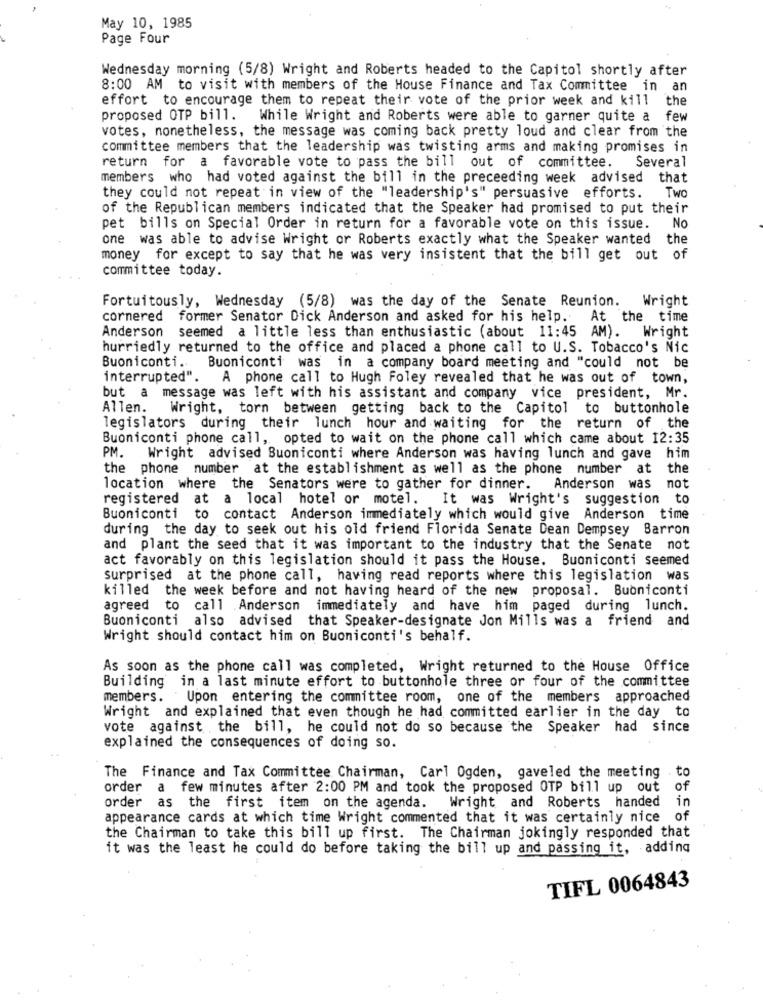
May 10, 1985
Page Four
Wednesday morning (5/8) Wright and Roberts headed to the Capitol shortly after
8:00 AM to visit with members of the House Finance and Tax Committee in an
effort to encourage them to repeat their vote of the prior week and kill the
proposed OTP bill.
While Wright and Roberts were able to garner quite a few
votes, nonetheless, the message was coming back pretty loud and clear from the
committee members that the leadership was twisting arms and making promises in
Several
return for a favorable vote to pass the bill out of committee.
members who had voted against the bill in the preceeding week advised that
efforts.
Two
they could not repeat in view of the "leadership's" persuasive
of the Republican members indicated that the Speaker had promised to put their
No
pet bills on Special Order in return for a favorable vote on this issue.
one was able to advise Wright or Roberts exactly what the Speaker wanted the
money for except to say that he was very insistent that the bill get out of
committee today.
Fortuitously, Wednesday (5/8) was the day of the Senate Reunion.
Wright
cornered former Senator Dick Anderson and asked for his help.
At the time
Anderson seemed a little less than enthusiastic (about 11:45 AM). Wright
hurriedly returned to the office and placed a phone call to U.S. Tobacco's Nic
Buoniconti ..
Buoniconti was in a company board meeting and "could not be
interrupted". A phone call to Hugh Foley revealed that he was out of town,
but a message was left with his assistant and company vice president, Mr.
Allen.
Wright, torn between getting back to the Capitol to buttonhole
legislators during their lunch hour and waiting for the return of the
Buoniconti phone call, opted to wait on the phone call which came about 12:35
PM.
Wright advised Buoniconti where Anderson was having lunch and gave him
the phone number at the establishment as well as the phone number at
the
location where the Senators were to gather for dinner.
Anderson was not
registered at a local hotel or motel. It was Wright's suggestion to
Buoniconti to contact Anderson immediately which would give Anderson time
during the day to seek out his old friend Florida Senate Dean Dempsey Barron
and plant the seed that it was important to the industry that the Senate not
act favorably on this legislation should it pass the House. Buoniconti seemed
surprised at the phone call, having read reports where this legislation was
killed the week before and not having heard of the new proposal. Buoniconti
agreed to call Anderson immediately and have him paged during lunch.
Buoniconti also advised that Speaker-designate Jon Mills was a friend and
Wright should contact him on Buoniconti's behalf.
As soon as the phone call was completed, Wright returned to the House Office
Building in a last minute effort to buttonhole three or four of the committee
members.
Upon entering the committee room, one of the members approached
Wright and explained that even though he had committed earlier in the day to
vote against the bill, he could not do so because the Speaker had since
explained the consequences of doing so.
The Finance and Tax Committee Chairman, Carl Ogden, gaveled the meeting . t
order
a few minutes after 2:00 PM and took the proposed OTP bill up out
of
order as the first item on the agenda. Wright and Roberts handed
in
appearance cards at which time Wright commented that it was certainly nice of
the Chairman to take this bill up first. The Chairman jokingly responded that
it was the least he could do before taking the bill up and passing it, adding
TIFL 0064843